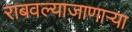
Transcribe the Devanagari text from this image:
राबवल्याजाणार्‍या